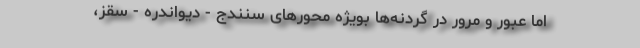
اما عبور و مرور در گردنه‌ها بویژه محورهای سنندج - دیواندره - سقز،